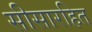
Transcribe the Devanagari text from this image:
सीसारहित